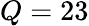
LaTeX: Q=23